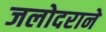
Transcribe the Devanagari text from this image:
जलोदराने